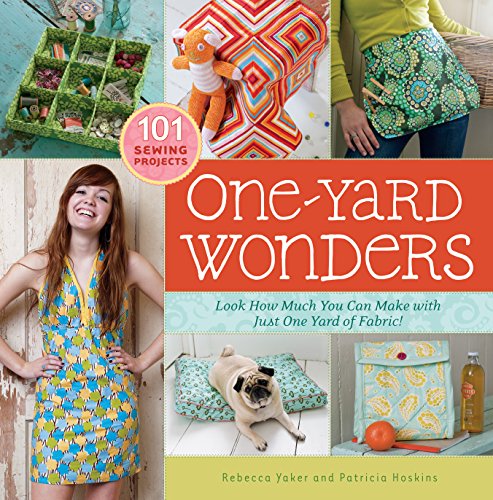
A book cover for One-Yard Wonders: 101 Sewing Projects; Look How Much You Can Make with Just One Yard of Fabric!; Patricia Hoskins; Crafts, Hobbies & Home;